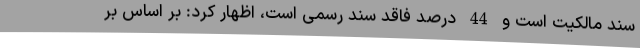
سند مالکیت است و 44 درصد فاقد سند رسمی است، اظهار کرد: بر اساس بر